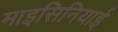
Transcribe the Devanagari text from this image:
माइसिनियाई